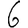
Digit: 6